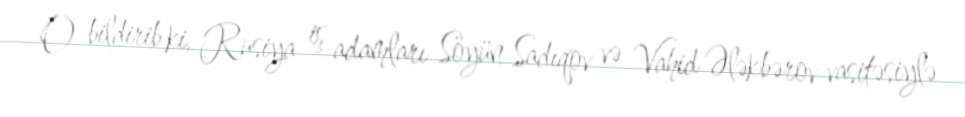
O bildirib ki, Rusiya iş adamları Söyün Sadıqov və Vahid Ələkbərov vasitəsiylə